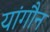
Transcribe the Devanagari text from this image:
यांगौन